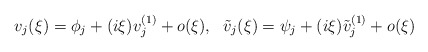
\begin{align*}v_j(\xi)=\phi_j+(i\xi)v_j^{(1)}+o(\xi),~~\tilde v_j(\xi)=\psi_j+(i\xi)\tilde v_j^{(1)}+o(\xi)\end{align*}